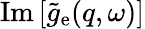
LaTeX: \mathrm{Im}\, [\tilde{g}_{\mathrm{e}}(q,\omega)]